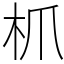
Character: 枛